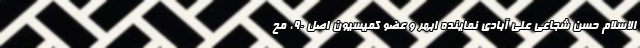
الاسلام حسن شجاعی علی آبادی نماینده ابهر و عضو کمیسیون اصل ۹۰، مح